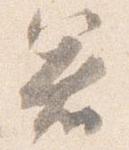
箸